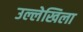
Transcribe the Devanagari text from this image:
उल्लेखिला